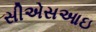
સીએસઆઇ